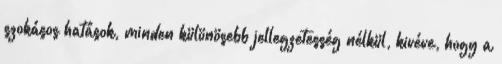
szokásos hatások, minden különösebb jellegzetesség nélkül, kivéve, hogy a